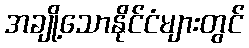
အချို့သောနိုင်ငံများတွင်